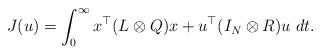
LaTeX: \begin{align*}J(u) = \int_{0}^{\infty} x^{\top}(L\otimes Q)x +u^{\top}(I_N\otimes R)u \ dt.\end{align*}